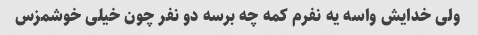
ولی خدایش واسه یه نفرم کمه چه برسه دو نفر چون خیلی خوشمزس